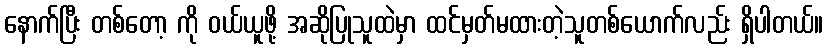
နောက်ပြီး တစ်တော့ ကို ဝယ်ယူဖို့ အဆိုပြုသူထဲမှာ ထင်မှတ်မထားတဲ့သူတစ်ယောက်လည်း ရှိပါတယ်။